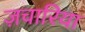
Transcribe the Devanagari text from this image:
ज़चारिया